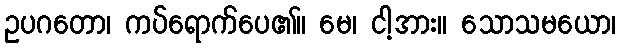
ဥပဂတော၊ ကပ်ရောက်ပေ၏။ မေ၊ ငါ့အား။ သောသမယော၊